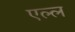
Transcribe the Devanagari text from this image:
एल्ल